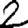
Digit: 2